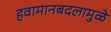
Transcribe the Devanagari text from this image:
हवामानबदलामुळे